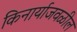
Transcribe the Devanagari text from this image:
किनार्याजवळील